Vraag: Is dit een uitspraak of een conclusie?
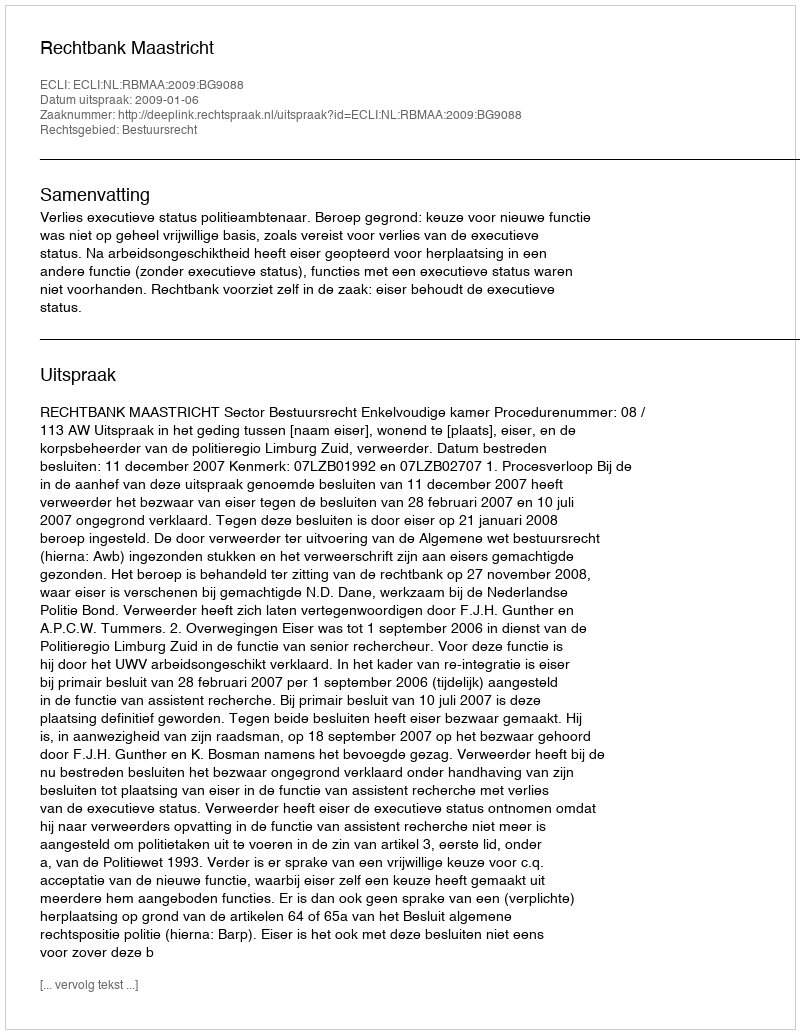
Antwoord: Uitspraak